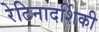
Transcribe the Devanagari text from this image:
रेटिनादर्शिकी